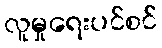
လူမှုရေးပင်စင်